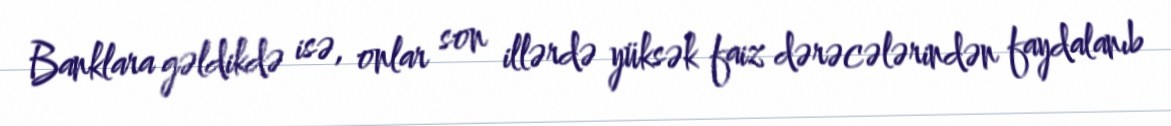
Banklara gəldikdə isə, onlar son illərdə yüksək faiz dərəcələrindən faydalanıb